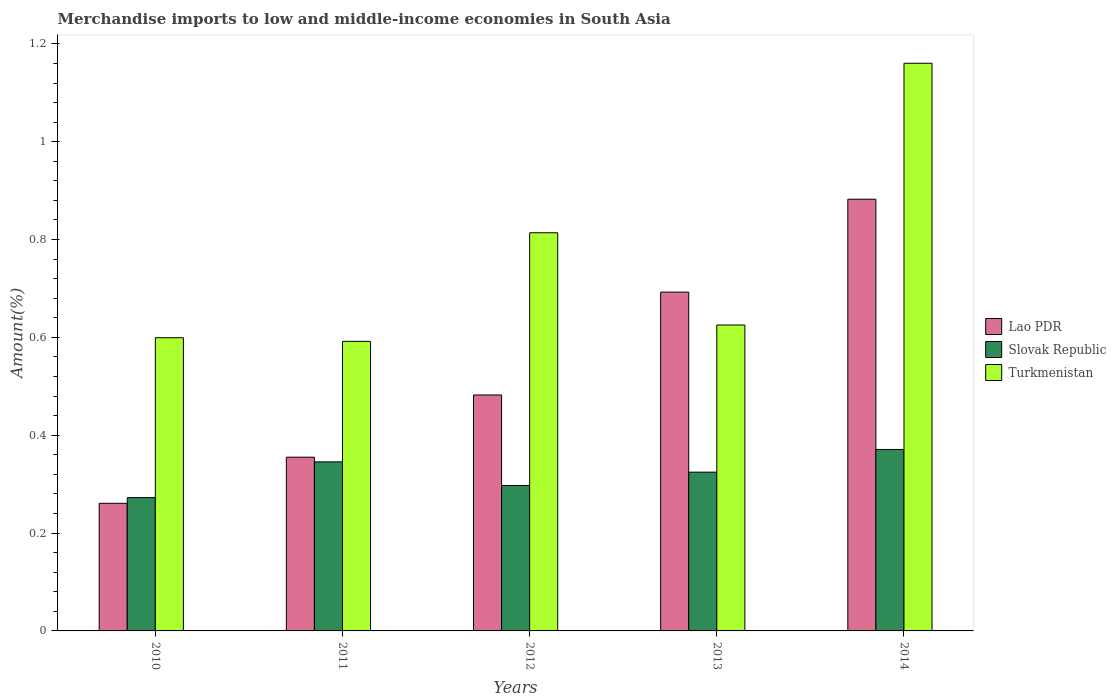
| Years | Lao PDR | Slovak Republic | Turkmenistan |
 | --- | --- | --- | --- |
 | 2010 | 0.261 | 0.273 | 0.599 |
 | 2011 | 0.355 | 0.346 | 0.592 |
 | 2012 | 0.482 | 0.297 | 0.814 |
 | 2013 | 0.693 | 0.325 | 0.625 |
 | 2014 | 0.882 | 0.371 | 1.16 |